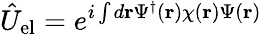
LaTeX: \hat{U}_{\mathrm{el}}=e^{i\int d{\mathbf r}\Psi^{\dagger}({\mathbf r})\chi({\mathbf r})\Psi({\mathbf r})}